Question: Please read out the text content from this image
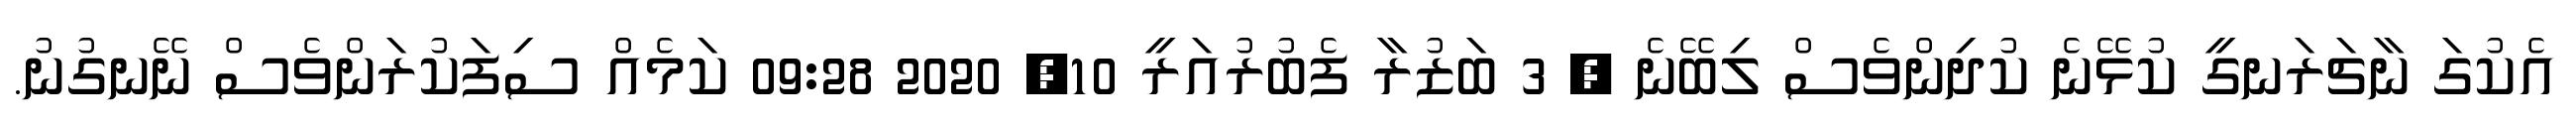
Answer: އެކުގަ ނާޗަރަނގީ ކުޅޭނެ ކުދިންވެސް ލިބޭނެ ? 3 ބަޒުރާ ފެބުރުއަރީ 10, 2020 09:28 ކަމެއް ސިފަކުރަންވެސް ނޭނގުނު.